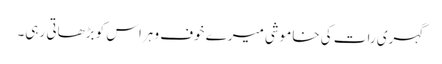
گہری رات کی خاموشی میرے خوف و ہراس کو بڑھاتی رہی۔